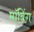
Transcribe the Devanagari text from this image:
मॉबिंग